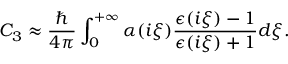
C _ { 3 } \approx \frac { \hbar } { 4 \pi } \int _ { 0 } ^ { + \infty } \alpha ( i \xi ) \frac { \epsilon ( i \xi ) - 1 } { \epsilon ( i \xi ) + 1 } d \xi .